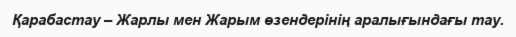
Қарабастау – Жарлы мен Жарым өзендерінің аралығындағы тау.